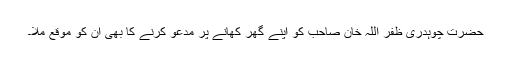
حضرت چوہدری ظفر اللہ خان صاحب کو اپنے گھر کھانے پر مدعو کرنے کا بھی ان کو موقع ملا۔